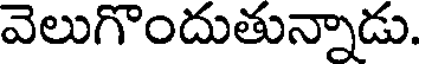
వెలుగొందుతున్నాడు.